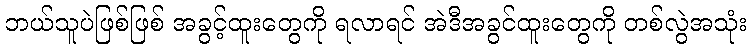
ဘယ်သူပဲဖြစ်ဖြစ် အခွင့်ထူးတွေကို ရလာရင် အဲဒီအခွင်ထူးတွေကို တစ်လွဲအသုံး